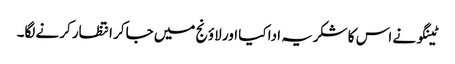
ٹینگو نے اس کا شکریہ ادا کیا اور لاؤنج میں جاکر انتظار کرنے لگا۔